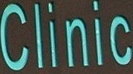
Clinic